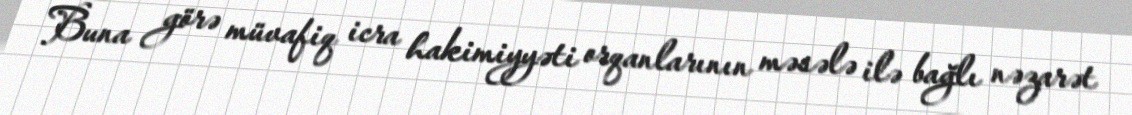
Buna görə müvafiq icra hakimiyyəti orqanlarının məsələ ilə bağlı nəzarət